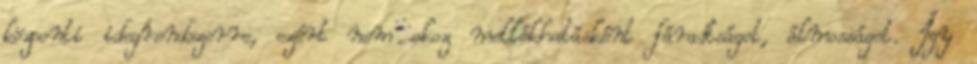
központi idegrendszerre, ezért nem okoz mellékhatásként fáradtságot, álmosságot. Így